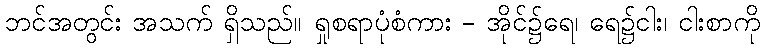
ဘင်အတွင်း အသက် ရှိသည်။ ရှုစရာပုံစံကား - အိုင်၌ရေ၊ ရေ၌ငါး၊ ငါးစာကို